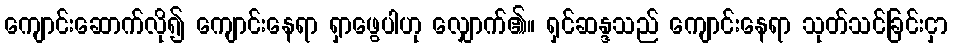
ကျောင်းဆောက်လို၍ ကျောင်းနေရာ ရှာဖွေပါဟု လျှောက်၏။ ရှင်ဆန္ဒသည် ကျောင်းနေရာ သုတ်သင်ခြင်းငှာ